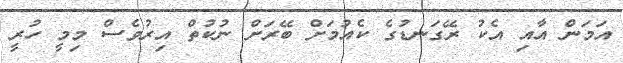
އަމަން އާއި އެކު ރޭގަނޑުގެ ކެއުމަށް ބޭރަށް ނުކުތް އިރުވެސް މިމީ ހުރީ